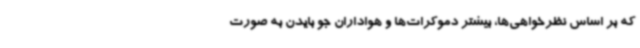
که بر اساس نظرخواهی‌ها، بیشتر دموکرات‌ها و هواداران جو بایدن به ‌صورت